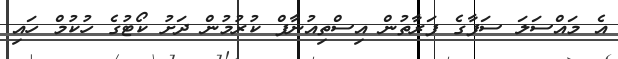
އެ މައްސަލަ ސަފާގެ ފަރާތުން އިސްތިއުނާފް ކުރުމުން ދަށު ކޯޓުގެ ހުކުމް ހައި